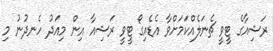
ރަޝިއާގެ ޓީވީ ޗެނަލެއްކަމަށްވާ އެޑެއިގޯ ޓީވީ ރަޝިއާ އިން މިއަދު ހެނދުނު މި